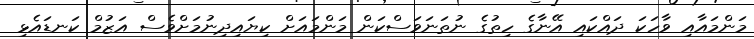
މަންމައާއި ވާހަކަ ދައްކައި އޭނާގެ ހިތުގެ ނުތަނަވަސްކަން މަންމައަށް ކިޔައިދިނުމަށްވެސް އަޒުމް ކަނޑައެޅި